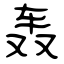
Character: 轰